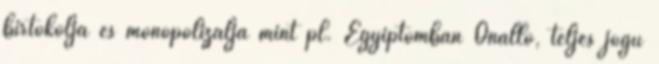
birtokolja és monopolizálja mint pl. Egyiptomban Önálló, teljes jogú